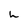
Character: h